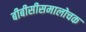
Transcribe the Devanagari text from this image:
बीबीसीसमालोचक